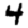
Digit: 4